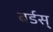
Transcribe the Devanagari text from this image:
बर्डस्